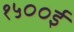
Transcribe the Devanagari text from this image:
१५००ई